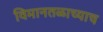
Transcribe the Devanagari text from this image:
विमानतळाच्याच